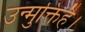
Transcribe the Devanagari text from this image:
उन्मुक्तिहै।